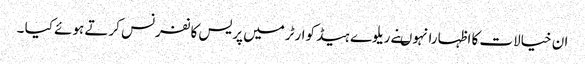
ان خیالات کا اظہارانہوںنے ریلوے ہیڈ کوارٹرمیں پریس کانفرنس کرتے ہوئے کیا ۔